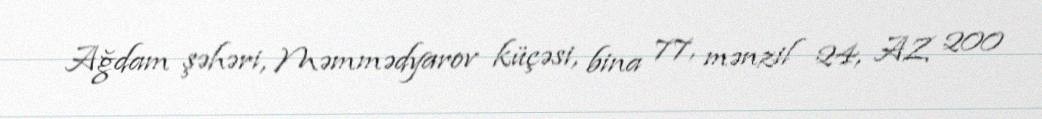
Ağdam şəhəri, Məmmədyarov küçəsi, bina 77, mənzil 24, AZ 200